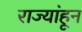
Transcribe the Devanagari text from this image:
राज्यांहून